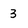
Character: 3